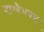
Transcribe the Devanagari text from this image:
वाग्वैभवम्